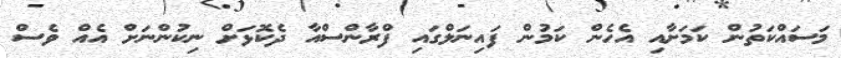
މަސައްކަތުން ކަމަށާއި އެހެން ކަމުން ފައިނަލްގައި ފްރާންސްއާ ދެކޮޅަށް ނިކުންނަށް އެއް ވެސް